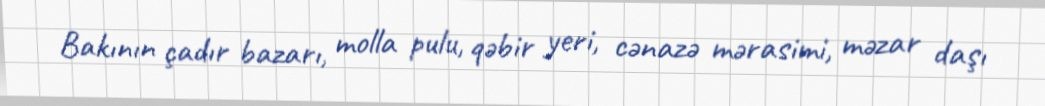
Bakının çadır bazarı, molla pulu, qəbir yeri, cənazə mərasimi, məzar daşı